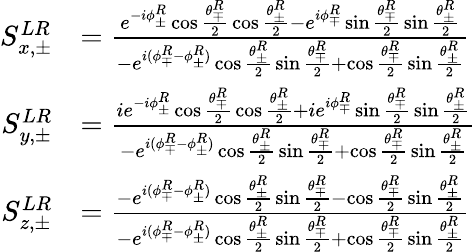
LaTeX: \begin{array}{rl}{S_{x,\pm}^{LR}}&{=\frac{e^{-i\phi_{\pm}^{R}}\cos{\frac{\theta_{\mp}^{R}}{2}}\cos{\frac{\theta_{\pm}^{R}}{2}}-e^{i\phi_{\mp}^{R}}\sin{\frac{\theta_{\mp}^{R}}{2}}\sin{\frac{\theta_{\pm}^{R}}{2}}}{-e^{i(\phi_{\mp}^{R}-\phi_{\pm}^{R})}\cos{\frac{\theta_{\pm}^{R}}{2}}\sin{\frac{\theta_{\mp}^{R}}{2}}+\cos{\frac{\theta_{\mp}^{R}}{2}}\sin{\frac{\theta_{\pm}^{R}}{2}}}}\\ {S_{y,\pm}^{LR}}&{=\frac{ie^{-i\phi_{\pm}^{R}}\cos{\frac{\theta_{\mp}^{R}}{2}}\cos{\frac{\theta_{\pm}^{R}}{2}}+ie^{i\phi_{\mp}^{R}}\sin{\frac{\theta_{\mp}^{R}}{2}}\sin{\frac{\theta_{\pm}^{R}}{2}}}{-e^{i(\phi_{\mp}^{R}-\phi_{\pm}^{R})}\cos{\frac{\theta_{\pm}^{R}}{2}}\sin{\frac{\theta_{\mp}^{R}}{2}}+\cos{\frac{\theta_{\mp}^{R}}{2}}\sin{\frac{\theta_{\pm}^{R}}{2}}}}\\ {S_{z,\pm}^{LR}}&{=\frac{-e^{i(\phi_{\mp}^{R}-\phi_{\pm}^{R})}\cos{\frac{\theta_{\pm}^{R}}{2}}\sin{\frac{\theta_{\mp}^{R}}{2}}-\cos{\frac{\theta_{\mp}^{R}}{2}}\sin{\frac{\theta_{\pm}^{R}}{2}}}{-e^{i(\phi_{\mp}^{R}-\phi_{\pm}^{R})}\cos{\frac{\theta_{\pm}^{R}}{2}}\sin{\frac{\theta_{\mp}^{R}}{2}}+\cos{\frac{\theta_{\mp}^{R}}{2}}\sin{\frac{\theta_{\pm}^{R}}{2}}}}\end{array}